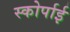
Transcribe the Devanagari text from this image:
स्कोर्पाई